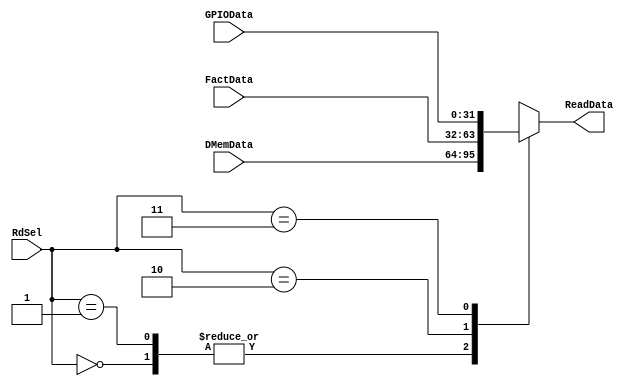

module SoC_mux4(
        input   wire    [31:0]  DMemData, FactData, GPIOData,
        input   wire    [1:0]   RdSel,
        output  reg     [31:0]  ReadData     
    );
    
    always @ (*) begin
        case (RdSel)
            2'b00: ReadData = DMemData;
            2'b01: ReadData = DMemData;
            2'b10: ReadData = FactData;
            2'b11: ReadData = GPIOData;
            default: ReadData = {31{1'bx}};
        endcase
    end
endmodule